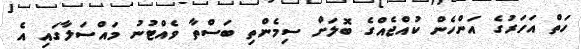
ހަތް އަހަރުގެ އަންހެން ކުއްޖެއްގެ ބޮލަށް ސިމެންތި ބަސްތާ ވެއްޓުނު މައްސަލާގައި އެ